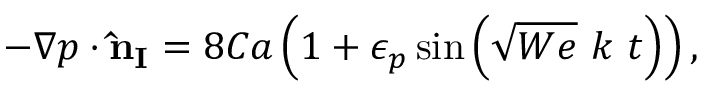
- { \boldsymbol { \nabla } } { p } \cdot \mathbf { \Hat { n } _ { I } } = 8 C a \left( 1 + \epsilon _ { p } \sin \left( \sqrt { W e } \ k \ { t } \right) \right) ,